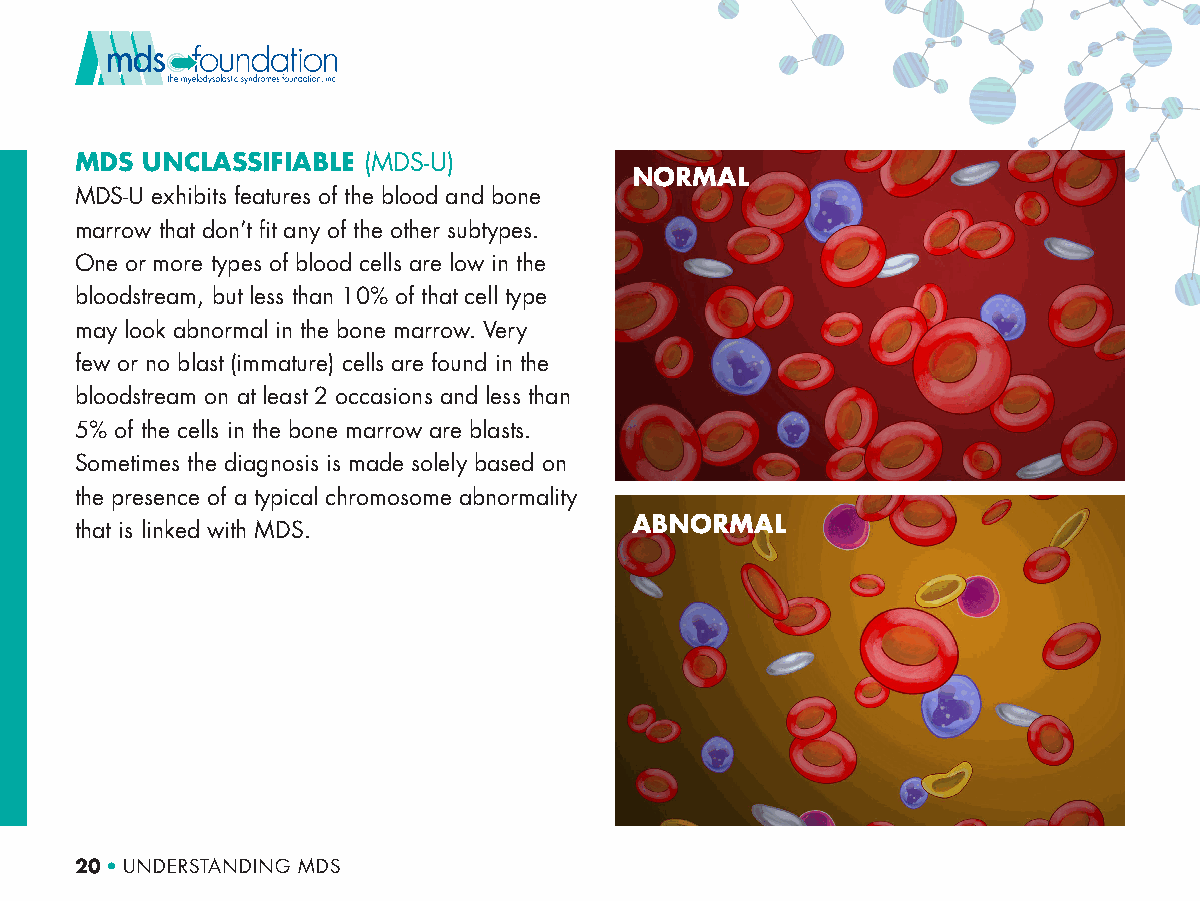
MDS UNCLASSIFIABLE (MDS-U)
 NORMAL
 MDS-U exhibits features of the blood and bone
 marrow that don’t fit any of the other subtypes.
 One or more types of blood cells are low in the
 bloodstream, but less than 10% of that cell type
 may look abnormal in the bone marrow. Very
 few or no blast (immature) cells are found in the
 bloodstream on at least 2 occasions and less than
 5% of the cells in the bone marrow are blasts.
 Sometimes the diagnosis is made solely based on
 the presence of a typical chromosome abnormality
 ABNORMAL
 that is linked with MDS.
 20 • UNDERSTANDING MDS